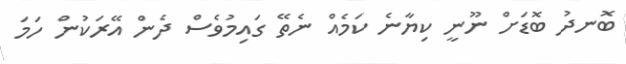
ބޮނދު ބޮޑަށް ނޫނީ ކިޔާނެ ކަމެއް ނެތޭ ގައިމުވެސް ދެން އޭރަކުން ހަމަ